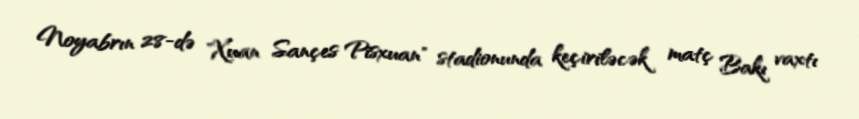
Noyabrın 28-də "Xuan Sançes Pisxuan" stadionunda keçiriləcək matç Bakı vaxtı